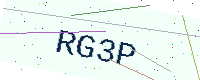
Text: RG3P